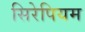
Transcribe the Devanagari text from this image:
सिरेपियम